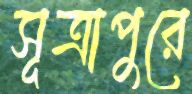
সূত্রাপুরে